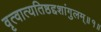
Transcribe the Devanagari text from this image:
वृत्वात्यतिष्ठद्दशांगुलम्॥१॥